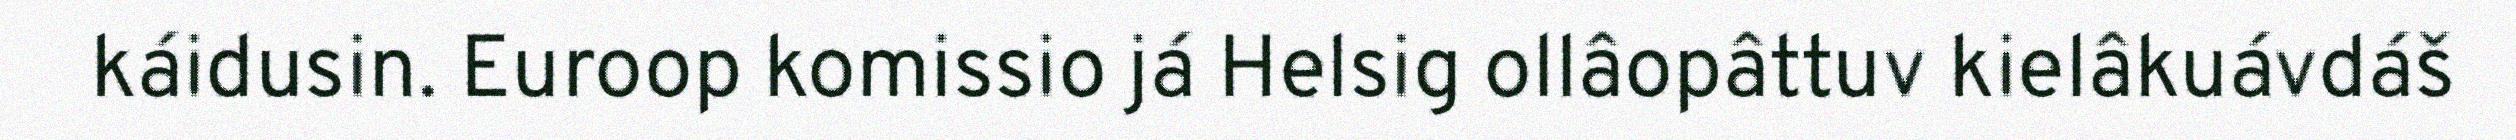
káidusin. Euroop komissio já Helsig ollâopâttuv kielâkuávdáš